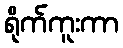
ရိုက်ကူးကာ